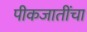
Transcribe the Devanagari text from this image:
पीकजातींचा